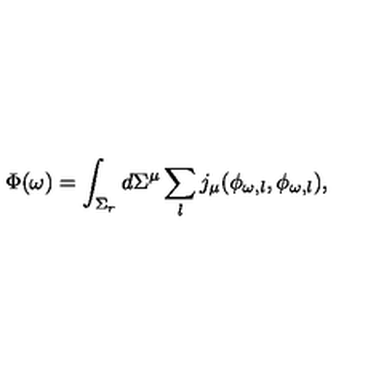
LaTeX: \Phi ( \omega ) = \int _ { \Sigma _ { r } } d \Sigma ^ { \mu } \sum _ { l } j _ { \mu } ( \phi _ { \omega , l } , \phi _ { \omega , l } ) ,